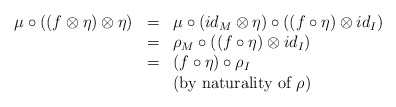
\begin{align*}\begin{array}{lll}\mu\circ ((f\otimes\eta)\otimes\eta)&=&\mu\circ (id_M\otimes \eta)\circ ((f\circ\eta)\otimes id_I)\\&=&\rho_M\circ ((f\circ\eta)\otimes id_I)\\&=&(f\circ \eta)\circ \rho_I\\&&\mbox{(by naturality of $\rho$)}\end{array}\end{align*}